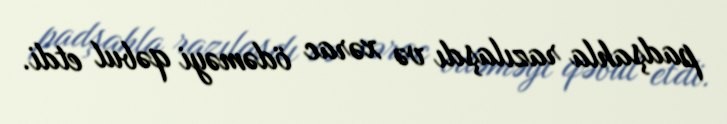
padşahla razılaşdı və xərac ödəməyi qəbul etdi.